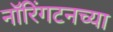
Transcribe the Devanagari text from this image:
नॉरिंगटनच्या